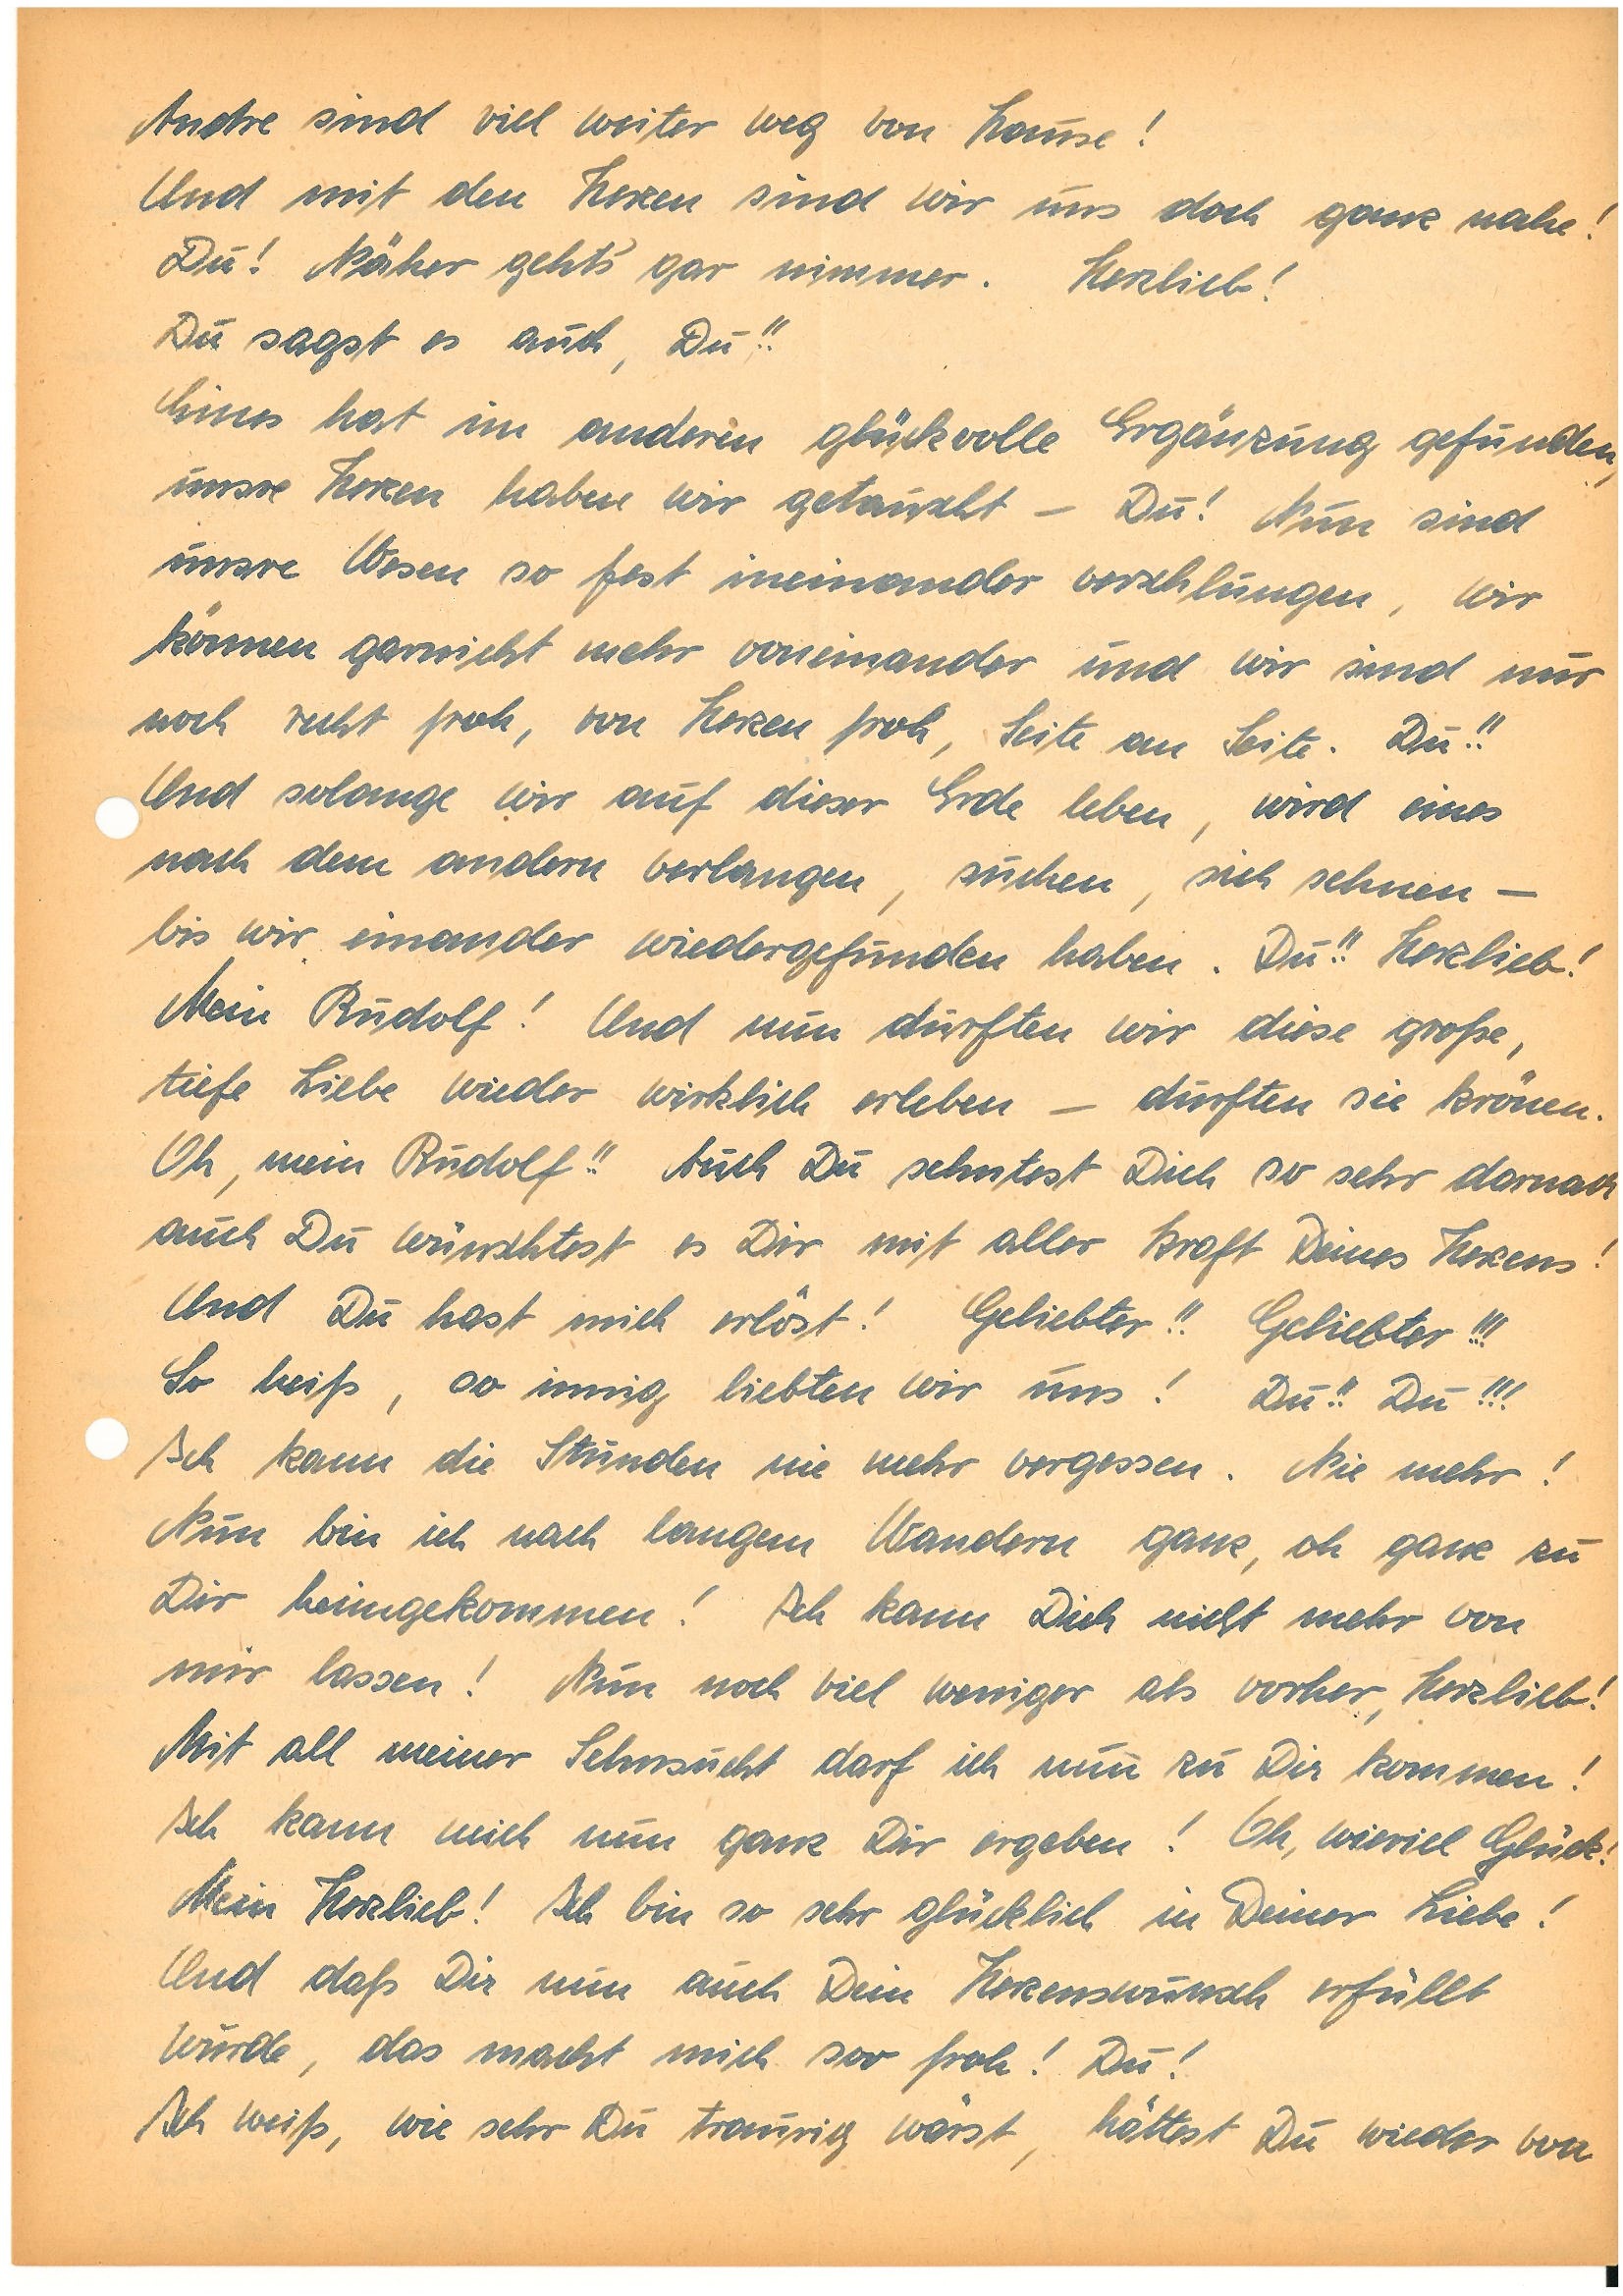
Andre sind viel weiter weg von Hause.
Und mit den Herzen sind wir uns doch ganz nahe!
Du! Näher gehts‘ gar nimmer. Herzlieb!
Du sagst es auch, Du!!
Eines hat im anderen glückvolle Ergänzung gefunden,
unsre Herzen haben wir getauscht – Du! Nun sind
unsre Wesen so fest ineinander verschlungen, wir
können garnicht mehr voneinander und wir sind nur
noch recht froh, von Herzen froh, Seite an Seite. Du!!
Und solange wir auf dieser Erde leben, wird eines
nach dem anderen verlangen, suchen, sich sehnen –
bis wir einander wiedergefunden haben.Du!! Herzlieb!
Mein! Und nun durften wir diese große,
tiefe Liebe wieder wirklich erleben – durften sie krönen.
Oh, mein!! Auch Du sehntest dich so sehr darnach
auch Du wünschtest es Dir mit aller Kraft Deines Herzens!
Und Du hast mich erlöst! Geliebter!! Geliebter!!!
So heiß, so innig liebten wir uns! Du!! Du!!!
Ich kann die Stunden nie mehr vergessen. Nie mehr!
nun bin ich nach langem Wandern ganz, oh ganz zu
Dir heimgekommen! Ich kann Dich nicht mehr von
mir lassen! Nun noch viel weniger als vorher, Herzlieb!
Mit all meiner Sehnsucht darf ich nun zu Dir kommen!
Ich kann mich nun ganz dir ergeben! Oh, wieviel Glück!
Mein Herzlieb! Ich bin so sehr glücklich in Deiner Liebe!
Und daß Dir nun auch Dein Herzenswunsch erfüllt
wurde, das macht mich soo froh! Du!
Ich weiß, wie sehr Du traurig wärst, hättest Du wieder von